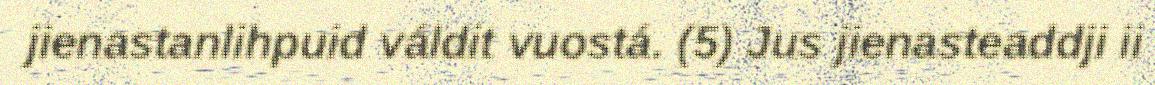
jienastanlihpuid váldit vuostá. (5) Jus jienasteaddji ii